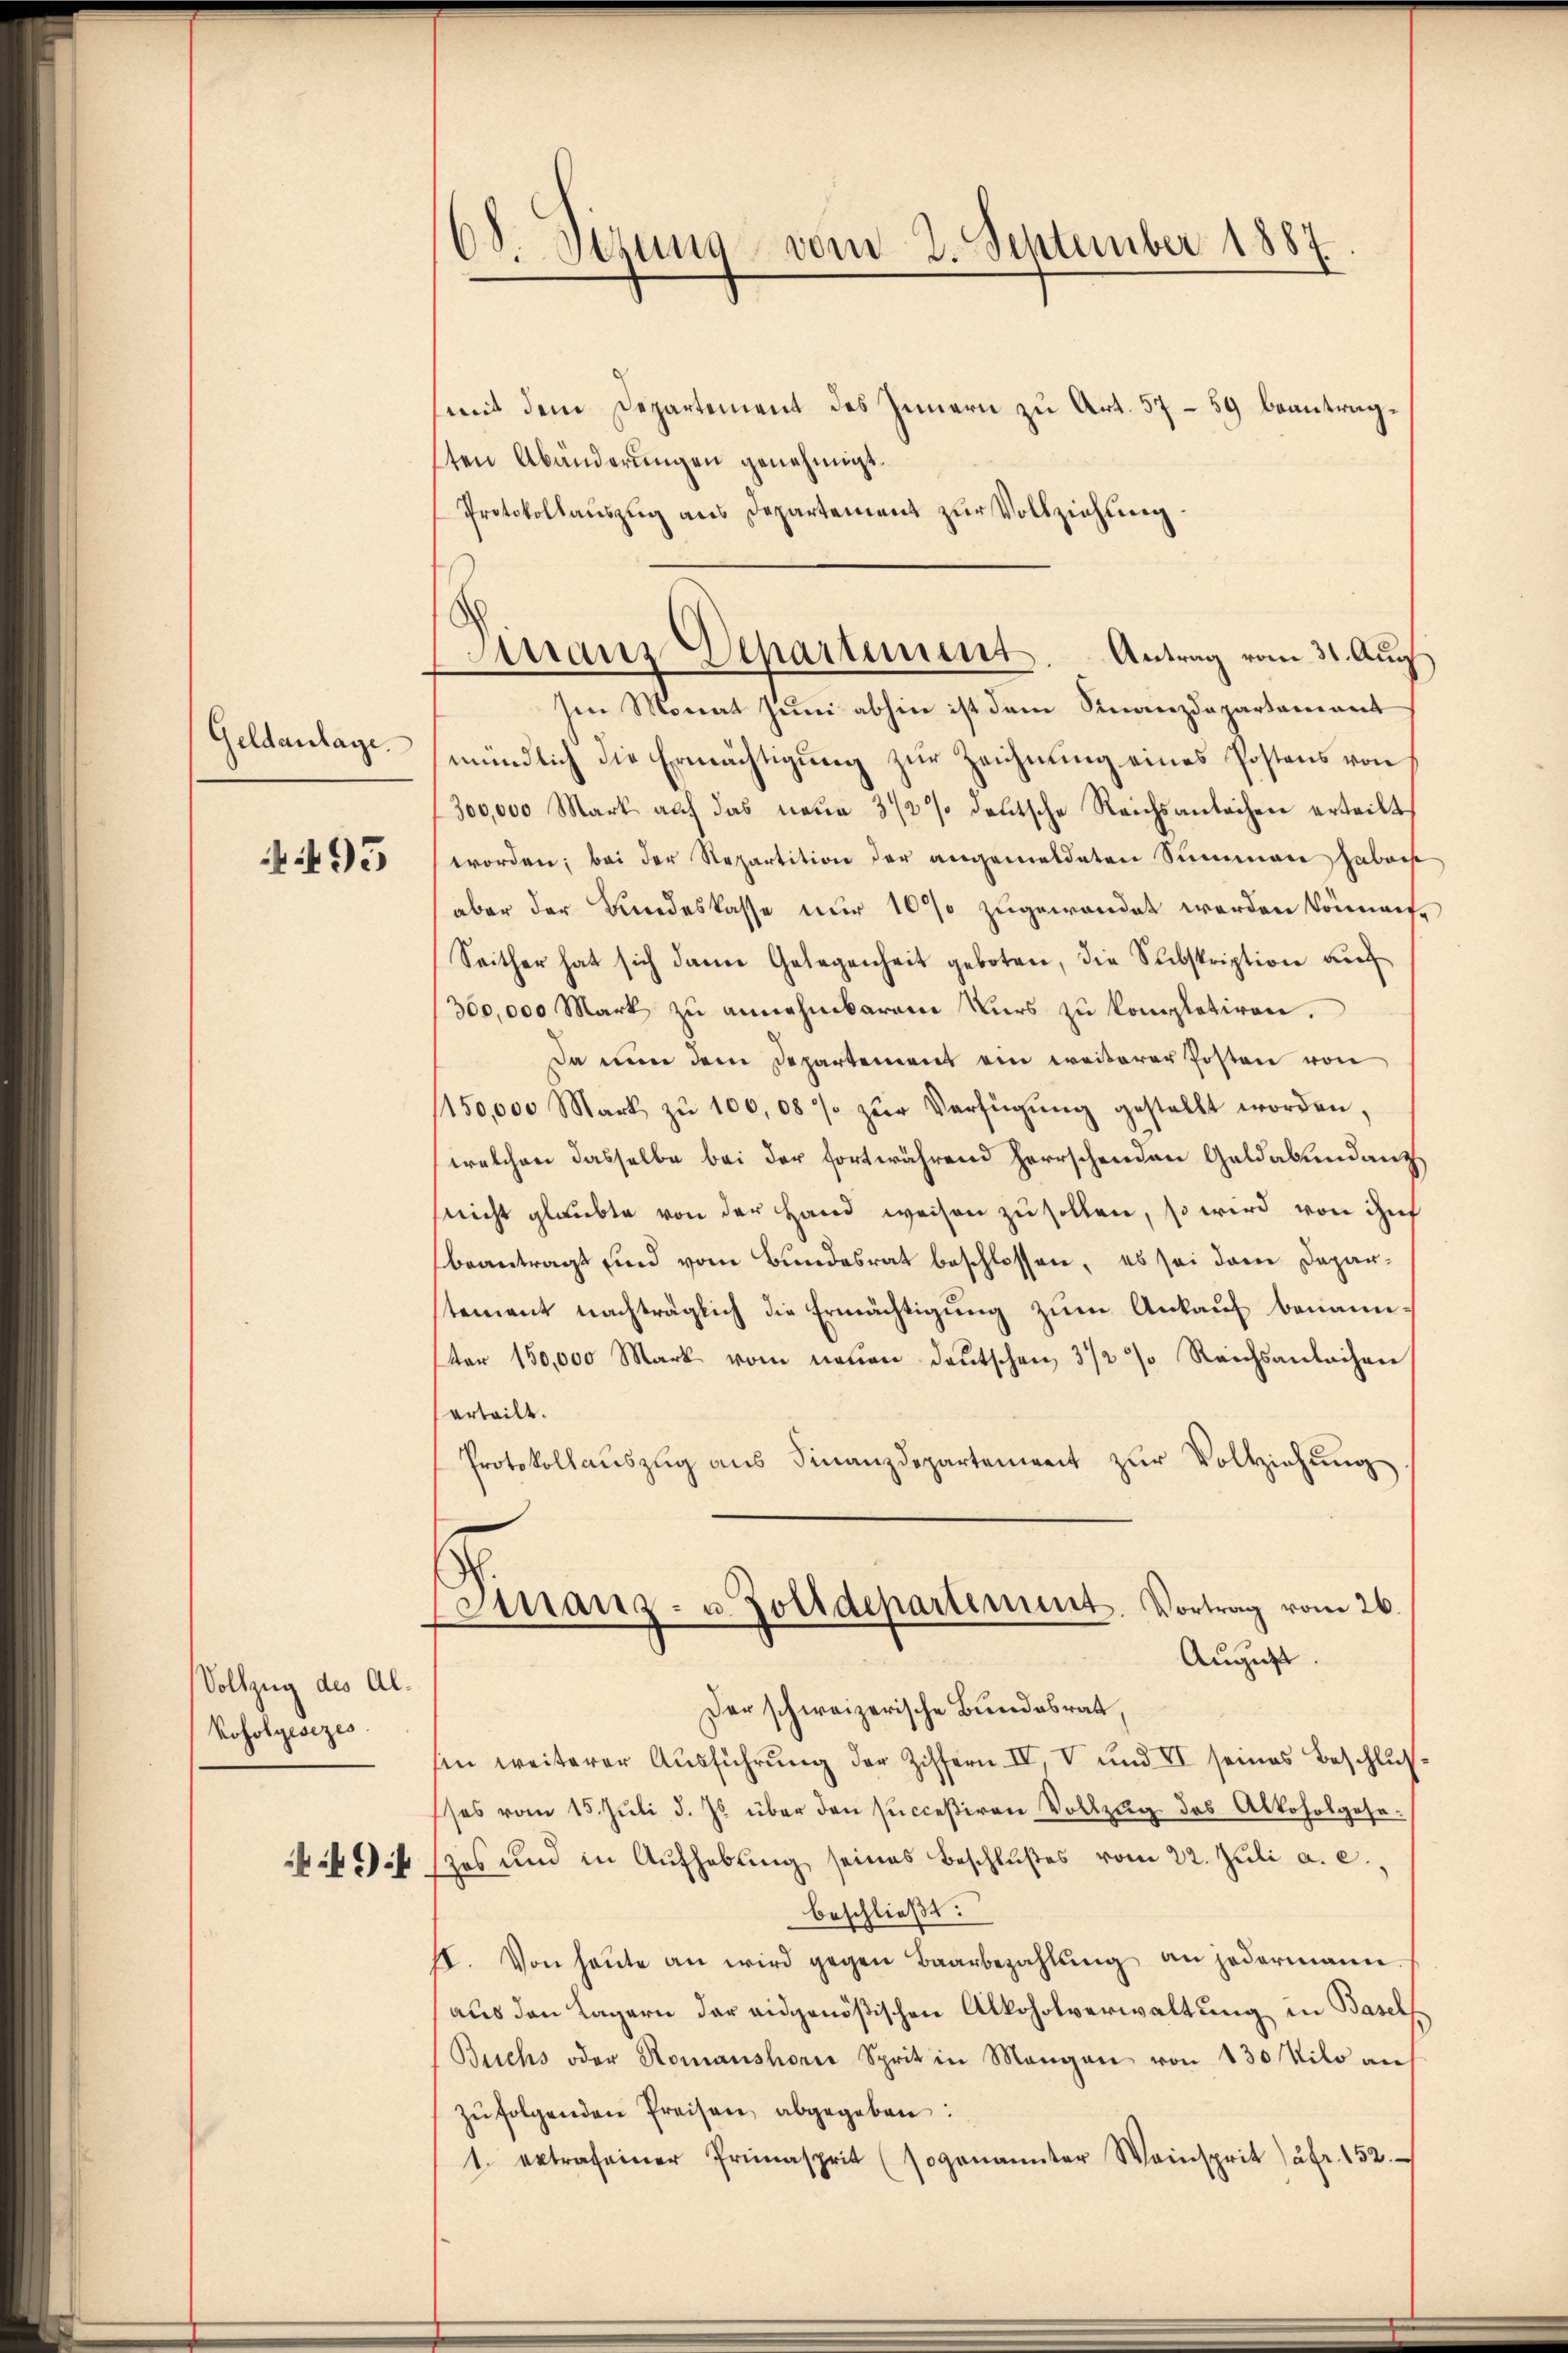
Geldanlage.

95

Vollzug des Al¬
Kofolgesezes
9

68. Sezung vom 2. September 1887.

mit dem Departement des Innern zu Art. 5759 beantragsten Abänderungen genehmigt.
Protokollaŭszŭg ans Departement zŭr Vollziehung.
sen Monat Juni abhin ist dem Finanzdepartement
mündlich die Ermächtigung zur Zeichnung eines Postens von
300,000 Mark auf das neue 3 1/2 % deutsche Reichsantachen erteilt
worden; bei der Repartition der angemeldeten Summen haberst
aber der Bundeskasse nur 10% zugewendet werden können.
Seither hat sich dann Gelegenheit geboten, die Subskription auf
/300,000 Mark zu annehmbarem Kurs zu kompletiren.
Da eine dem Departement ein weiterer Posten von
150,000 Mark zŭ 100,08% zŭr Verfügŭng gestellt worden,
welchen dasselbe bei der fortwährend herrschenden Geldabendanz
(nicht glaubte von der Hand weisen zu sollen, so wird von ihn
beantragt und vom Bundesrat beschlossen, es sei dem Deparstement nachträglich die Ermächtigung zum Ankauf benannter 150,000 Mark vom neŭen deutschen 3 1/2 % Reichsanlachen
erteilt.
Protokollaŭszŭg aŭs Finanzdepartenweit zŭr Vollziehŭng.
Finanz- u. Zolldepartement. Vortrag vom 26.
August.
Der schweizerische Bundesrat,
sin weiterer Ausführung der Ziffern IV, V und II seines Beschluß
ses vom 15. Juli d. Js. über den succeßiven Vollzug des Alkoholgesezes und in Aufhebung seines Beschlußes vom 22. Juli a. c.,
beschließt:
II. Von heŭte an wird gegen Baarbezahlŭng an jedermann.
aus den Lagern der eidgenößischen Alkoholverwaltung in Basels
Buchs oder Romanshorne Sprit in Mangen von 130 Milo an
zŭfolgenden Preisen, abgegeben:
1. ertrafeiner Primasprit (sogenannter Weinsprit fr. 152.

Manz Departement. Antrag vom 31. Aug